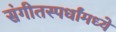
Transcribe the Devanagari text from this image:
संगीतस्पर्धांमध्ये